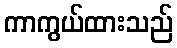
ကာကွယ်ထားသည်